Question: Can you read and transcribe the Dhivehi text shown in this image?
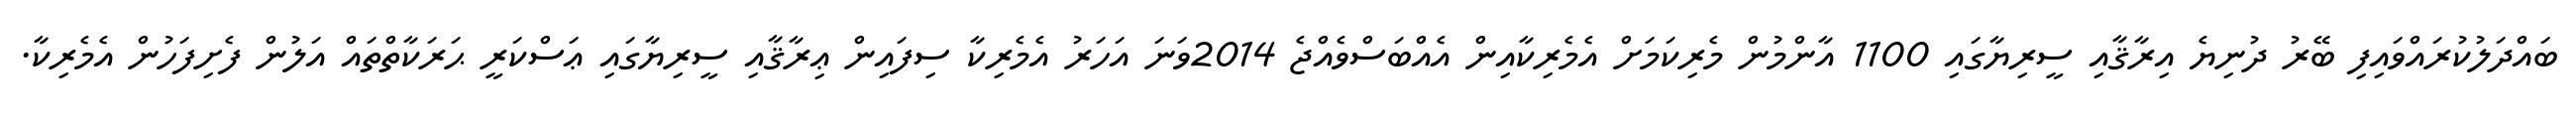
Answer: ބައްދަލުކުރައްވައިފި ބޭރު ދުނިޔެ އިރާޤާއި ސީރިޔާގައި 1100 އާންމުން މެރިކަމަށް އެމެރިކާއިން އެއްބަސްވެއްޖެ 2014ވަނަ އަހަރު އެމެރިކާ ސިފައިން ޢިރާޤާއި ސީރިޔާގައި ޢަސްކަރީ ޙަރަކާތްތައް އަލުން ފެށިފަހުން އެމެރިކާ.